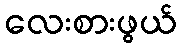
လေးစားဖွယ်